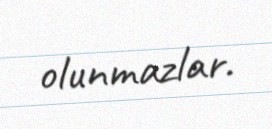
olunmazlar.